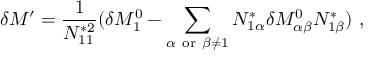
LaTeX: \delta M ^ { \prime } = \frac { 1 } { N _ { 1 1 } ^ { * 2 } } ( \delta M _ { 1 } ^ { 0 } - \sum _ { \alpha \ \mathrm { o r } \ \beta \neq 1 } N _ { 1 \alpha } ^ { * } \delta { \cal M } _ { \alpha \beta } ^ { 0 } N _ { 1 \beta } ^ { * } ) \, \, ,